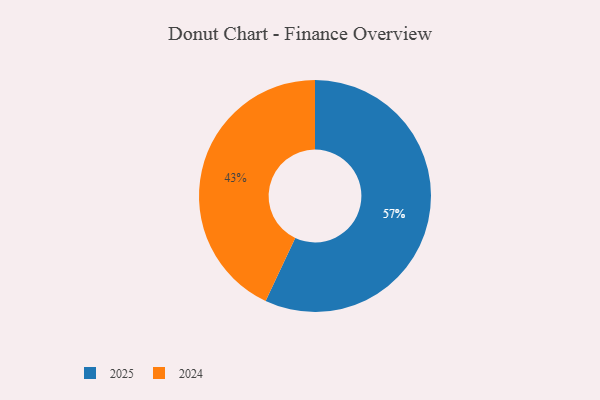
{"axis": {"x": "Category", "y": "Percentage"}, "legend": ["2024", "2025"], "data": [{"x": "2024", "y": 43, "type": "2024"}, {"x": "2025", "y": 57, "type": "2025"}]}